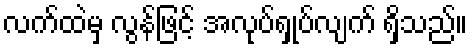
လက်ထဲမှ လွန်ဖြင့် အလုပ်ရှုပ်လျက် ရှိသည်။